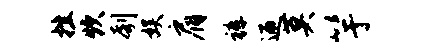
挫炊刳娱肩裤迎莫竽